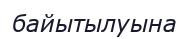
байытылуына